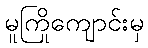
မူကြိုကျောင်းမှ